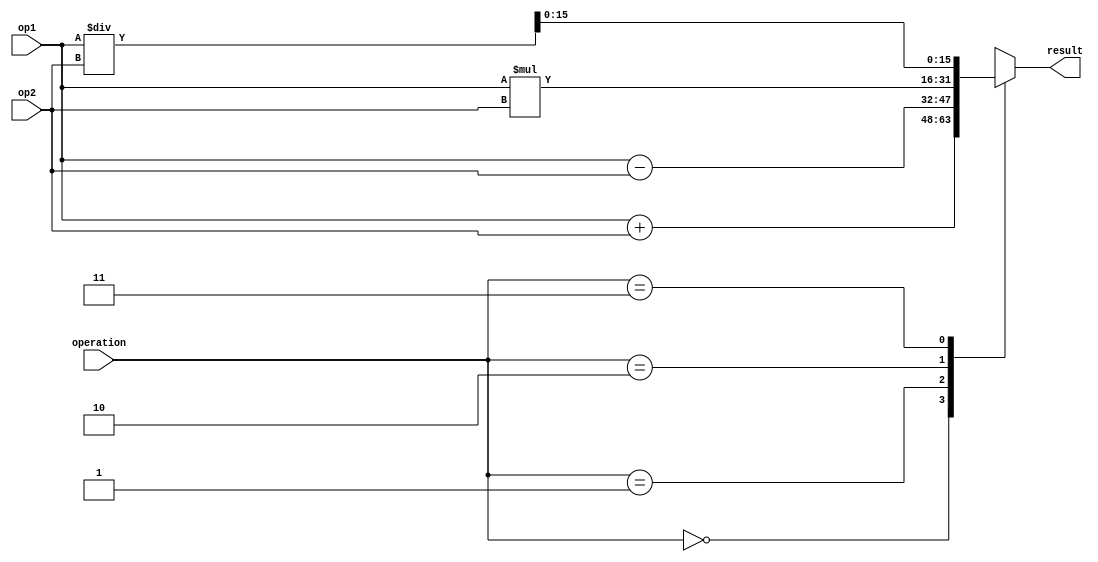
module fixed_point_unit (
    input signed [15:0] op1,
    input signed [15:0] op2,
    input [1:0] operation,
    output reg signed [15:0] result
);

reg signed [31:0] temp_result;

always @(*) begin
    case(operation)
        2'b00: temp_result = op1 + op2; // addition
        2'b01: temp_result = op1 - op2; // subtraction
        2'b10: temp_result = op1 * op2; // multiplication
        2'b11: temp_result = op1 / op2; // division
    endcase
end

always @(*) begin
    //Rounding logic can be added here
    //Precision control logic can be added here
    result = temp_result[15:0];
end

endmodule